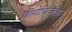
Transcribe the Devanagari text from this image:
कीमोचिकित्सा